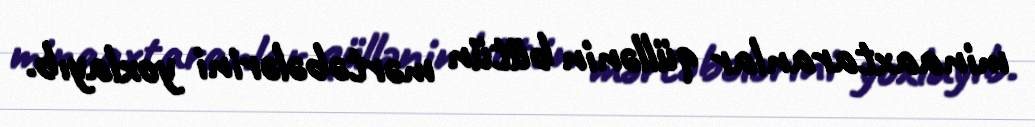
minaaxtaranlar qüllənin bütün mərtəbələrini yoxlayıb.